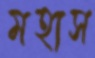
মহাস